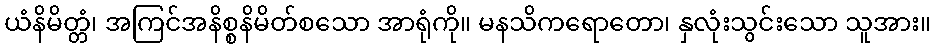
ယံနိမိတ္တံ၊ အကြင်အနိစ္စနိမိတ်စသော အာရုံကို။ မနသိကရောတော၊ နှလုံးသွင်းသော သူအား။